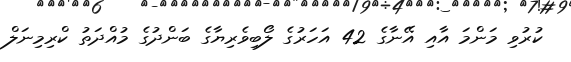
ކުރުވި މަންމަ އާއި އޭނާގެ 42 އަހަރުގެ ލޯބިވެރިޔާގެ ބަންދުގެ މުއްދަަތު ކްރިމިނަލް